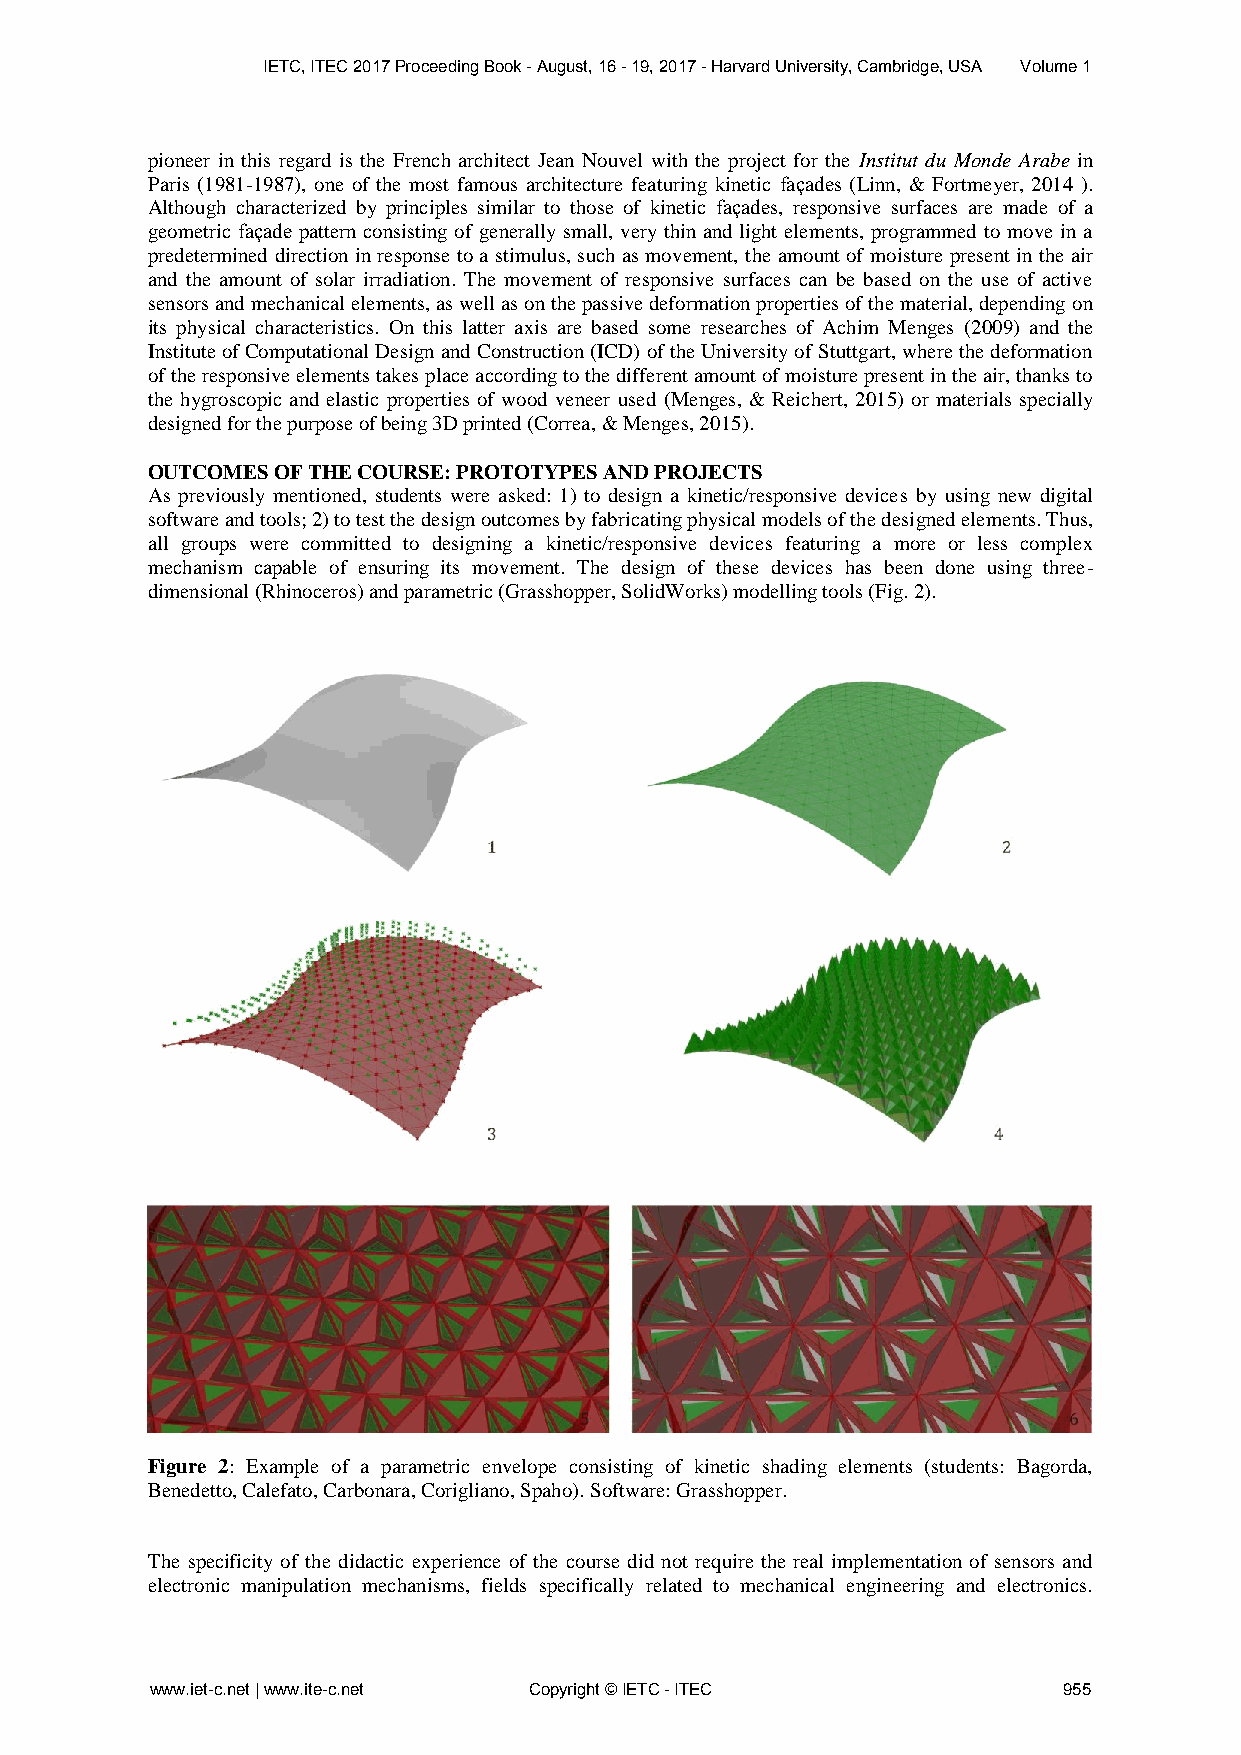
IETC, ITEC 2017 Proceeding Book - August, 16 - 19, 2017 - Harvard University, Cambridge, USA Volume 1
 pioneer in this regard is the French architect Jean Nouvel with the project for the Institut du Monde Arabe in
 Paris (1981-1987), one of the most famous architecture featuring kinetic façades (Linn, & Fortmeyer, 2014 ).
 Although characterized by principles similar to those of kinetic façades, responsive surfaces are made of a
 geometric façade pattern consisting of generally small, very thin and light elements, programmed to move in a
 predetermined direction in response to a stimulus, such as movement, the amount of moisture present in the air
 and the amount of solar irradiation. The movement of responsive surfaces can be based on the use of active
 sensors and mechanical elements, as well as on the passive deformation properties of the material, depending on
 its physical characteristics. On this latter axis are based some researches of Achim Menges (2009) and the
 Institute of Computational Design and Construction (ICD) of the University of Stuttgart, where the deformation
 of the responsive elements takes place according to the different amount of moisture present in the air, thanks to
 the hygroscopic and elastic properties of wood veneer used (Menges, & Reichert, 2015) or materials specially
 designed for the purpose of being 3D printed (Correa, & Menges, 2015).
 OUTCOMES OF THE COURSE: PROTOTYPES AND PROJECTS
 As previously mentioned, students were asked: 1) to design a kinetic/responsive devices by using new digital
 software and tools; 2) to test the design outcomes by fabricating physical models of the designed elements. Thus,
 all groups were committed to designing a kinetic/responsive devices featuring a more or less complex
 mechanism capable of ensuring its movement. The design of these devices has been done using three-
 dimensional (Rhinoceros) and parametric (Grasshopper, SolidWorks) modelling tools (Fig. 2).
 Figure 2: Example of a parametric envelope consisting of kinetic shading elements (students: Bagorda,
 Benedetto, Calefato, Carbonara, Corigliano, Spaho). Software: Grasshopper.
 The specificity of the didactic experience of the course did not require the real implementation of sensors and
 electronic manipulation mechanisms, fields specifically related to mechanical engineering and electronics.
 www.iet-c.net | www.ite-c.net Copyright © IETC - ITEC       955